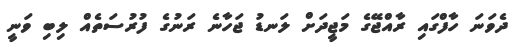
ދެވަނަ ހާފްގައި ރާއްޖޭގެ މަޖީދަށް ލަނޑު ޖަހާނެ ރަނުގެ ފުރުސަތެއް ލިބި ވަނީ